Development of the Leishman-Donovan parasite in Cimex rotundatus - Number 31
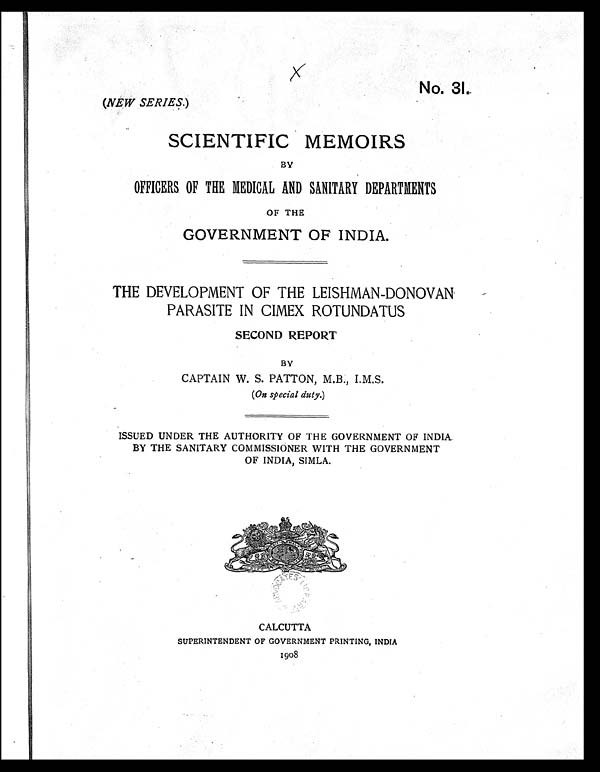
No. 31.
(NEW SERIES. )
SCIENTIFIC MEMOIRS
BY
OFFICERS OF THE MEDICAL AND SANITARY DEPARTMENTS
OF THE
GOVERNMENT OF INDIA.
THE DEVELOPMENT OF THE LEISHMAN-DONOVAN
PARASITE IN CIMEX ROTUNDATUS
SECOND REPORT
BY
CAPTAIN W. S. PATTON, M.B., I.M.S.
( On special duty.)
ISSUED UNDER THE AUTHORITY OF THE GOVERNMENT OF INDIA
BY THE SANITARY COMMISSIONER WITH THE GOVERNMENT
OF INDIA, SIMLA.
CALCUTTA
SUPERINTENDENT OF GOVERNMENT PRINTING, INDIA
1908